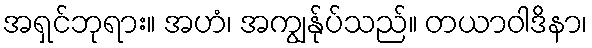
အရှင်ဘုရား။ အဟံ၊ အကျွန်ုပ်သည်။ တယာဝါဒိနာ၊